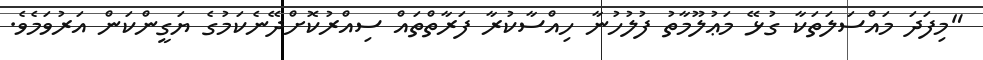
"މިފަދަ މައްސަލަތަކާ ގުޅޭ މަޢުލޫމާތު ފުލުހުނާ ހިއްސާކުރާ ފަރާތްތައް ސިއްރުކޮށްދޭނެކަމުގެ ޔަގީންކަން އަރުވަމެވެ.